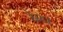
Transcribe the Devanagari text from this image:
रेस्टा